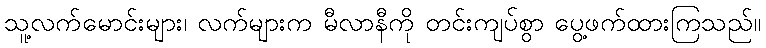
သူ့လက်မောင်းများ၊ လက်များက မီလာနီကို တင်းကျပ်စွာ ပွေ့ဖက်ထားကြသည်။